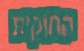
החוקית